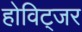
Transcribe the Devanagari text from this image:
होविट्जर